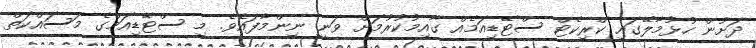
ދަށުން ހުޅުމާލޭގައި ކްރިކެޓް ސްޓޭޑިއަމެއް ގާއިމުކުރުމަށް ވަނީ ނިންމާފައެވެ. މި ސްޓޭޑިއަމްގެ މަސައްކަތް